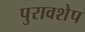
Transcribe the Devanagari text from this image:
पुरावशेप